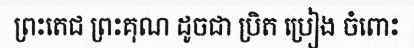
ព្រះតេជ ព្រះគុណ ដូចជា ប្រិត ប្រៀង ចំពោះ